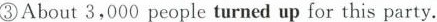
③About 3,000 people turned up for this party.